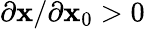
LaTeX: \partial\mathbf{x}/\partial\mathbf{x}_{0}>0